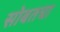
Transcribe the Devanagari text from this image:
सोबतचा